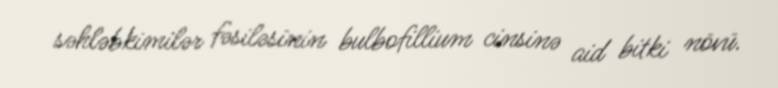
səhləbkimilər fəsiləsinin bulbofillium cinsinə aid bitki növü.